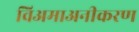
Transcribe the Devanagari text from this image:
विअमाअनीकरण